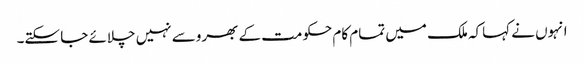
انہوں نے کہاکہ ملک میں تمام کام حکومت کے بھروسے نہیں چلائے جا سکتے۔